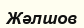
Жәлшов